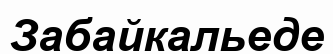
Забайкальеде